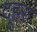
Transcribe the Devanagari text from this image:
दूहरा